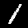
Label: 1